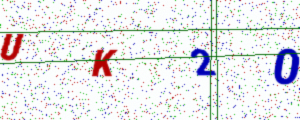
Text: UK20